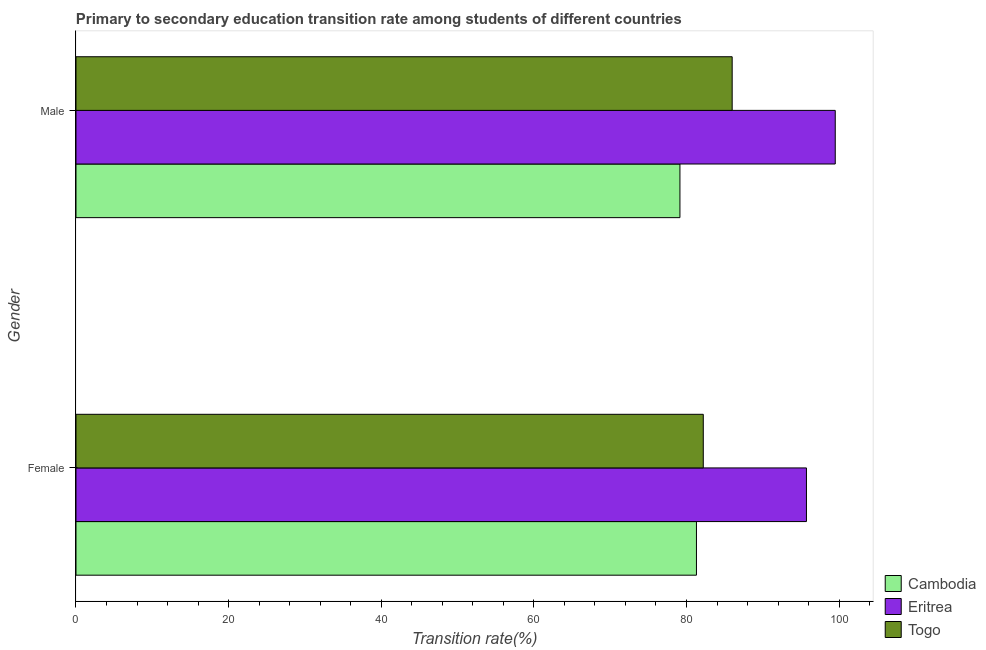
| Gender | Cambodia | Eritrea | Togo |
 | --- | --- | --- | --- |
 | Female | 81.3 | 95.7 | 82.2 |
 | Male | 79.1 | 99.5 | 86 |